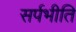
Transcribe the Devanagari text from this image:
सर्पभीति